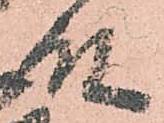
殿